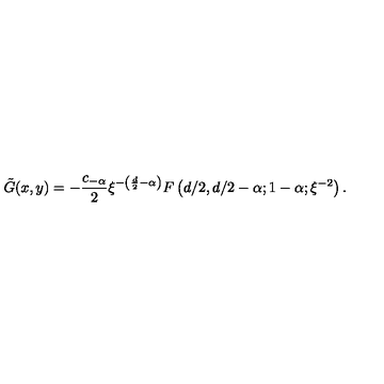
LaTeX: \tilde { G } ( x , y ) = - \frac { c _ { - \alpha } } 2 \xi ^ { - \left( \frac { d } 2 - \alpha \right) } F \left( d / 2 , d / 2 - \alpha ; 1 - \alpha ; \xi ^ { - 2 } \right) .